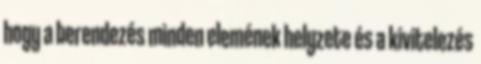
hogy a berendezés minden elemének helyzete és a kivitelezés